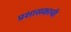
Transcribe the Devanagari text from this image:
प्रशासकाची